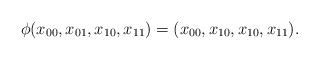
LaTeX: \begin{align*}\phi(x_{00}, x_{01}, x_{10}, x_{11})=(x_{00}, x_{10}, x_{10}, x_{11}).\end{align*}